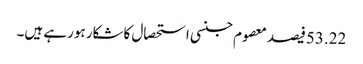
53.22فیصد معصوم جنسی استحصال کاشکار ہورہے ہیں۔